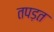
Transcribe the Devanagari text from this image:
तपड़त